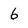
Character: 6